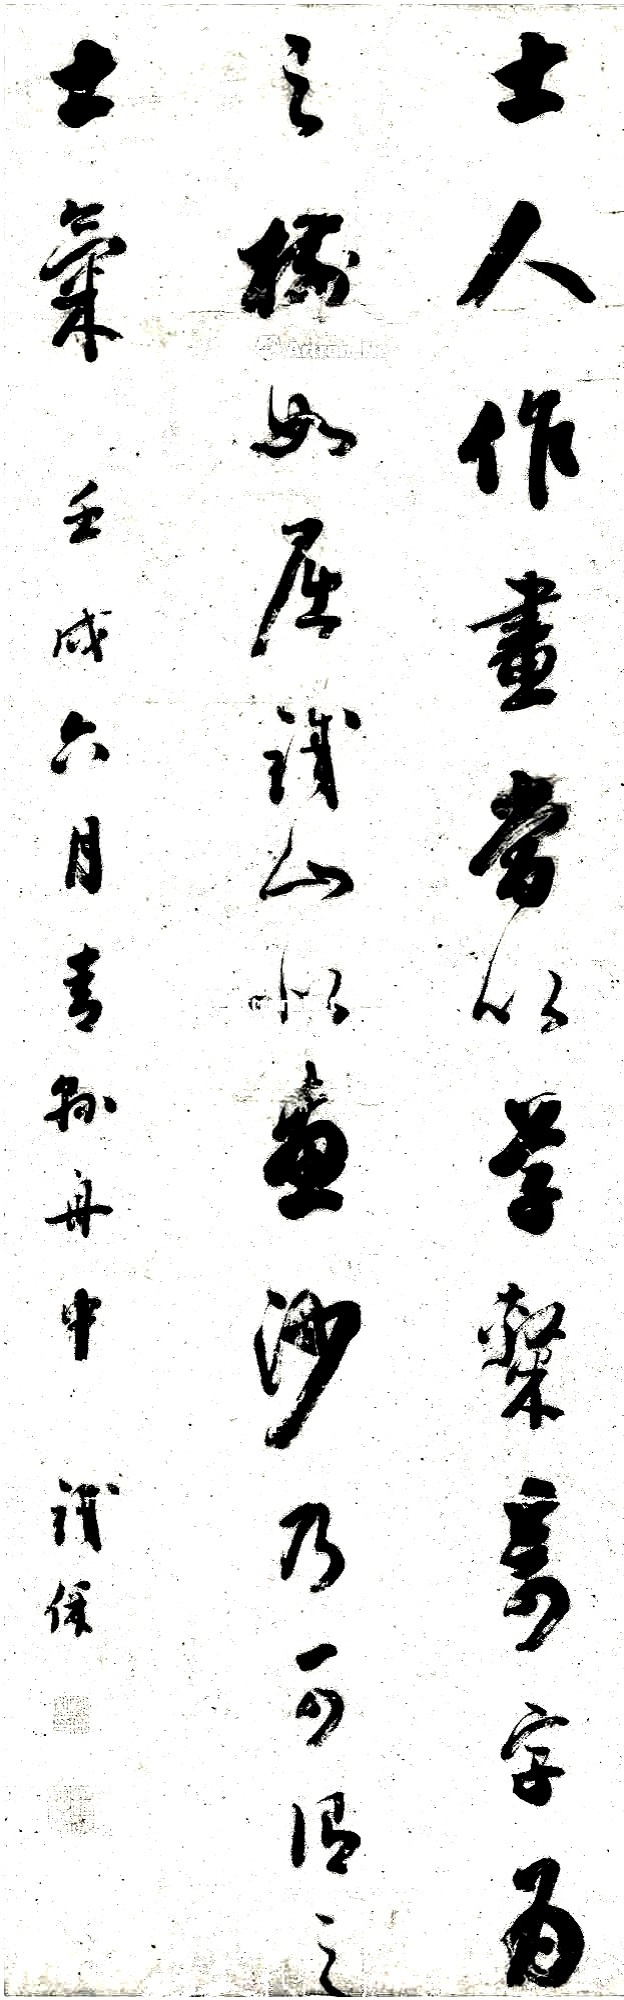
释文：士人作画当以草隶奇字为之，树如屈铁，山似画沙，乃可谓之士气。壬戌六月，青县舟中，铁保。